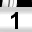
Digit: 1